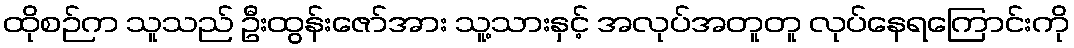
ထိုစဉ်က သူသည် ဦးထွန်းဇော်အား သူ့သားနှင့် အလုပ်အတူတူ လုပ်နေရကြောင်းကို